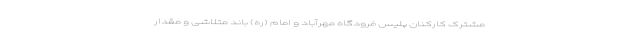
مشترک کارکنان پلیس فرودگاه مهرآباد و امام (ره) باند متلاشی و مقدار